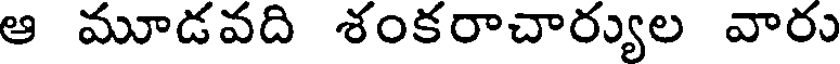
ఆ మూడవది శంకరాచార్యుల వారు